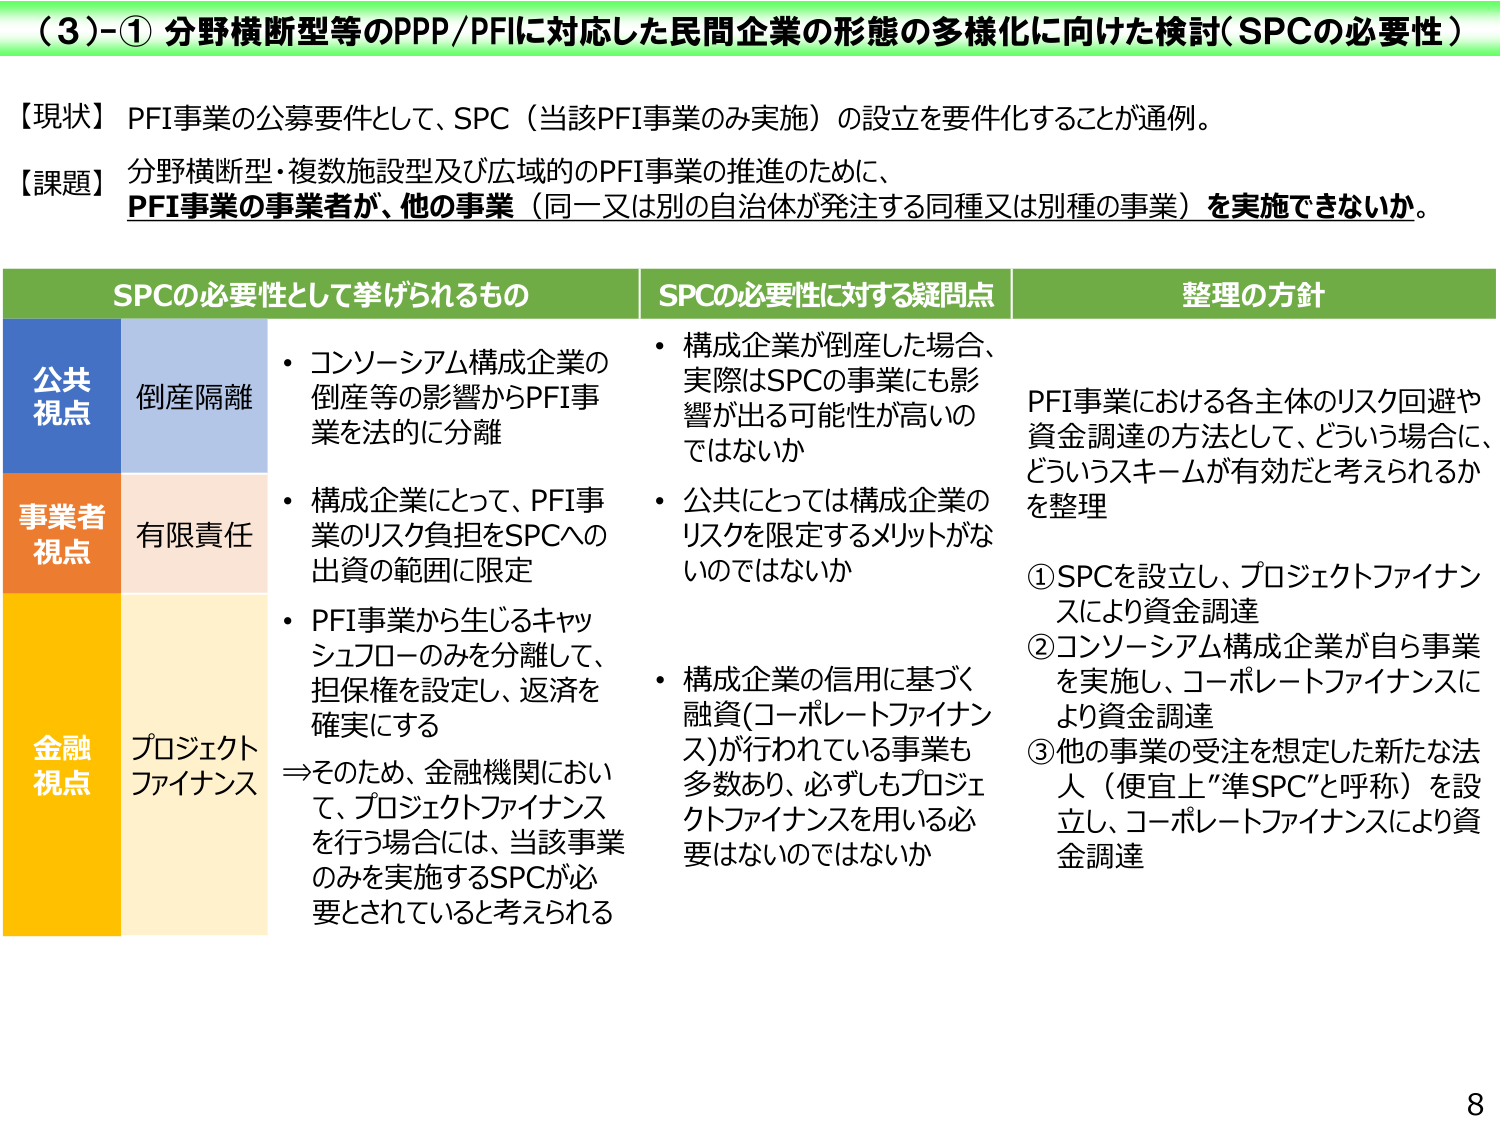
（３）-① 分野横断型等のPPP/PFIに対応した民間企業の形態の多様化に向けた検討（SPCの必要性）

【現状】 PFI事業の公募要件として、SPC（当該PFI事業のみ実施）の設立を要件化することが通例。

【課題】 分野横断型・複数施設型及び広域的のPFI事業の推進のために、
PFI事業の事業者が、他の事業（同一又は別の自治体が発注する同種又は別種の事業）を実施できないか。

SPCの必要性として挙げられるもの　　SPCの必要性に対する疑問点　　整理の方針

公共視点　　倒産隔離　　・コンソーシアム構成企業の倒産等の影響からPFI事業を法的に分離　　・構成企業が倒産した場合、実際はSPCの事業にも影響が出る可能性が高いのではないか　　PFI事業における各主体のリスク回避や資金調達の方法として、どういう場合に、どういうスキームが有効だと考えられるかを整理

事業者視点　　有限責任　　・構成企業にとって、PFI事業のリスク負担をSPCへの出資の範囲に限定　　・公共にとっては構成企業のリスクを限定するメリットがないのではないか

金融視点　　プロジェクトファイナンス　　・PFI事業から生じるキャッシュフローのみを分離して、担保権を設定し、返済を確実にする　　⇒そのため、金融機関において、プロジェクトファイナンスを行う場合には、当該事業のみを実施するSPCが必要とされていると考えられる　　・構成企業の信用に基づく融資（コーポレートファイナンス）が行われている事業も多数あり、必ずしもプロジェクトファイナンスを用いる必要はないのではないか

①SPCを設立し、プロジェクトファイナンスにより資金調達
②コンソーシアム構成企業が自ら事業を実施し、コーポレートファイナンスにより資金調達
③他の事業の受注を想定した新たな法人（便宜上“準SPC”と呼称）を設立し、コーポレートファイナンスにより資金調達

8